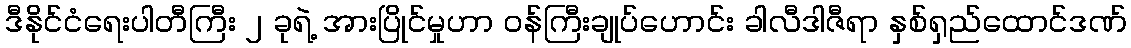
ဒီနိုင်ငံရေးပါတီကြီး ၂ ခုရဲ့ အားပြိုင်မှုဟာ ဝန်ကြီးချုပ်ဟောင်း ခါလီဒါဇီရာ နှစ်ရှည်ထောင်ဒဏ်